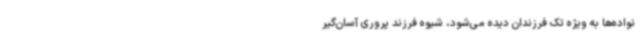
نواده‌ها به ویژه تک فرزندان دیده می‌شود، شیوه فرزند پروری آسان‌گیر